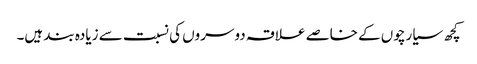
کچھ سیارچوں کے خاصے علاقہ دوسروں کی نسبت سے زیادہ بند ہیں۔